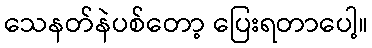
သေနတ်နဲပစ်တော့ ပြေးရတာပေါ့။